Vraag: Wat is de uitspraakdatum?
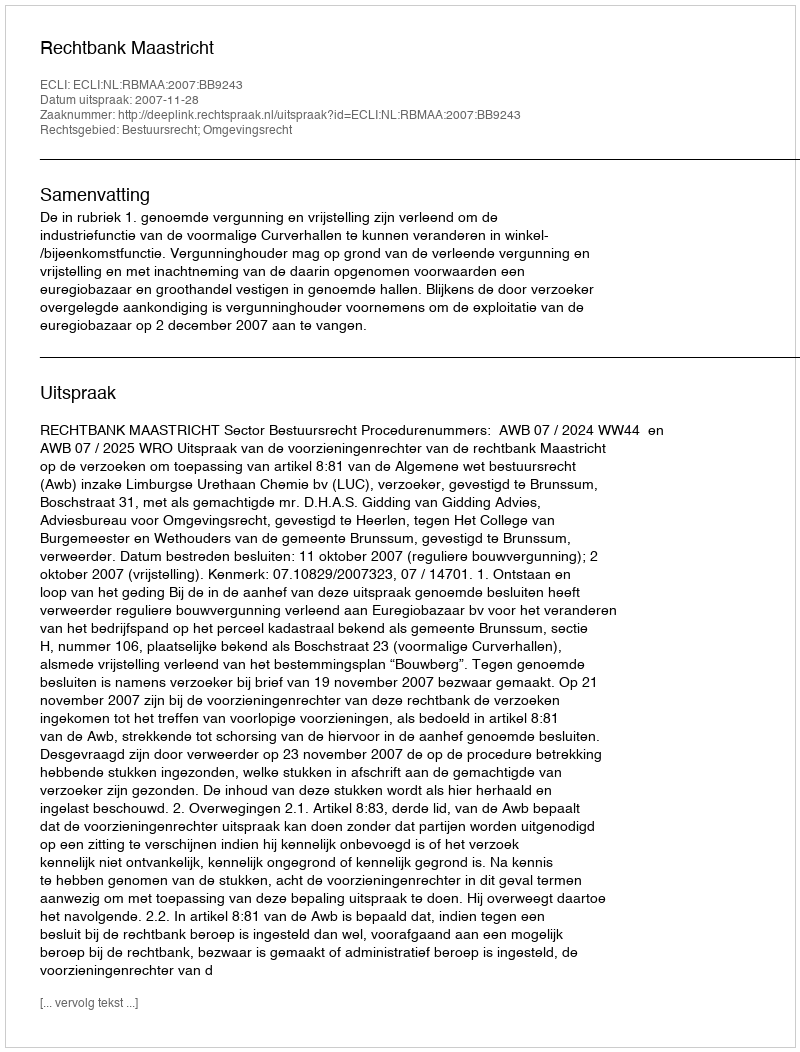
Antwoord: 2007-11-28